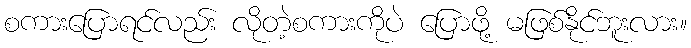
စကားပြောရင်လည်း လိုတဲ့စကားကိုပဲ ပြောဖို့ မဖြစ်နိုင်ဘူးလား။